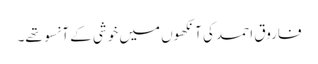
فاروق احمد کی آنکھوں میں خوشی کے آنسو تھے۔